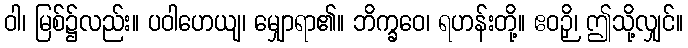
ဝါ၊ မြစ်၌လည်း။ ပဝါဟေယျ၊ မျှောရာ၏။ ဘိက္ခဝေ၊ ရဟန်းတို့။ ဧဝဉှိ၊ ဤသို့လျှင်။